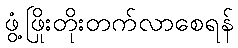
ဖွံ့ဖြိုးတိုးတက်လာစေရန်